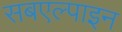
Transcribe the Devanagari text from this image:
सबएल्पाइन